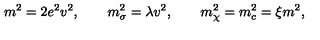
m ^ { 2 } = 2 e ^ { 2 } v ^ { 2 } , \qquad m _ { \sigma } ^ { 2 } = \lambda v ^ { 2 } , \qquad m _ { \chi } ^ { 2 } = m _ { c } ^ { 2 } = \xi m ^ { 2 } ,